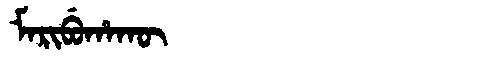
Manchu: ᠮᠠᡵᡳᠪᡠᡥᠠᡴᡡ
Romanization: MARIBUHAKŪ